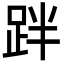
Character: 跘